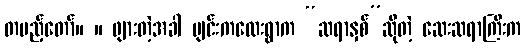
တပည့်တော်။ ။ ဖျားတဲ့အခါ ဗျင်းကလေးရွာက “ဆရာနှစ်”ဆိုတဲ့ ဆေးဆရာကြီးက